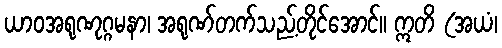
ယာဝအရုဏုဂ္ဂမနာ၊ အရုဏ်တက်သည့်တိုင်အောင်။ ဣတိ (အယံ၊